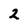
Character: 2